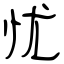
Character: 忧